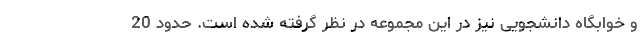
و خوابگاه دانشجویی نیز در این مجموعه در نظر گرفته شده است. حدود 20